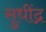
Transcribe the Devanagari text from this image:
सुधींद्र